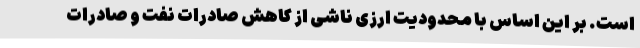
است. بر این اساس با محدودیت ارزی ناشی از کاهش صادرات نفت و صادرات